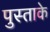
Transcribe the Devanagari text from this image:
पुस्ताके